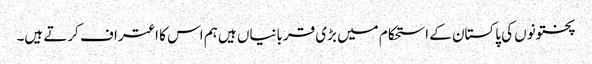
پختونوں کی پاکستان کے استحکام میں بڑی قربانیاں ہیں ہم اس کا اعتراف کرتے ہیں۔